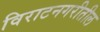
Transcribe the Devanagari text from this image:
विराटनगरीतील